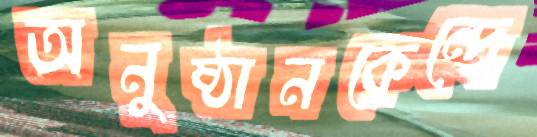
অনুষ্ঠানকেন্দ্রে